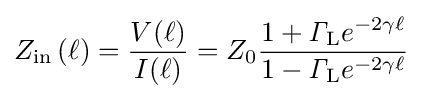
Z_{\mathrm {in} }\left(\ell \right)={\frac {V(\ell )}{I(\ell )}}=Z_{0}{\frac {1+{\mathit {\Gamma }}_{\mathrm {L} }e^{-2\gamma \ell }}{1-{\mathit {\Gamma }}_{\mathrm {L} }e^{-2\gamma \ell }}}